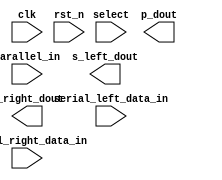
module universal_shift_reg (
    input clk,
    input rst_n,
    input [8:0] select,
    input [15:0] parallel_in,
    input serial_left_data_in,
    input serial_right_data_in,
    output reg [15:0] p_dout,
    output s_left_dout,
    output s_right_dout
);

// Define parameters, instantiate shift register modules, and define default behavior

endmodule